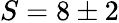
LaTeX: S=8\pm 2